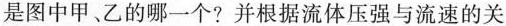
是图中甲、乙的哪一个？并根据流体压强与流速的关